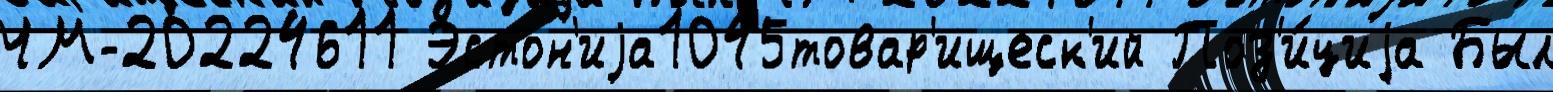
ЧМ-20224611 Эстон'иjа1045товар'ищеск'ий Поз'и́циjа Был